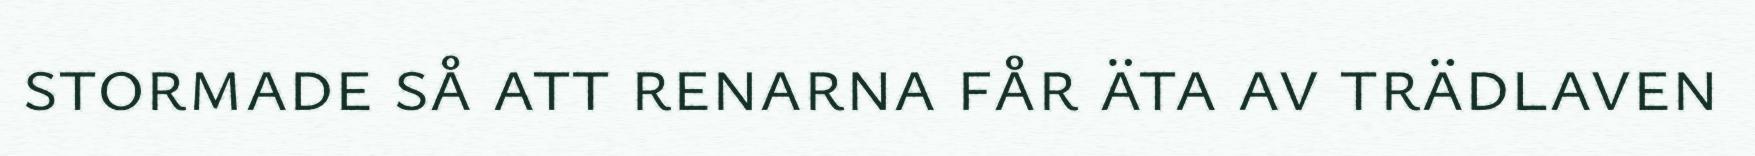
stormade så att renarna får äta av trädlaven